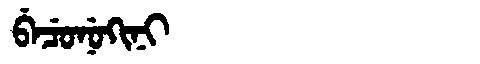
Manchu: ᠪᡝᠴᡠᠨᡠᡴᡳᠨᡳ
Romanization: BECUNUKINI